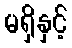
မရှိနှင့်